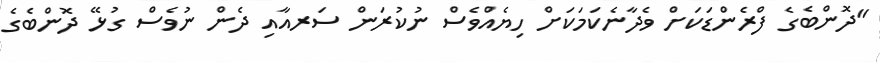
"ދޮންބެގެ ފްރެންޑަކަށް ވެދާނެކަމަކަށް ހިޔެއްވެސް ނުކުރަން ސަރއާއި ދެން ނުވެސް ގުޅޭ ދޮންބެގެ